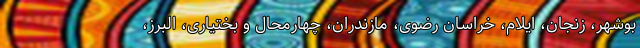
بوشهر، زنجان، ایلام، خراسان رضوی، مازندران، چهارمحال و بختیاری، البرز،